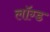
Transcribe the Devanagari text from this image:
लॉग्ड